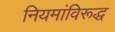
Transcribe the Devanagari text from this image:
नियमांविरूद्ध